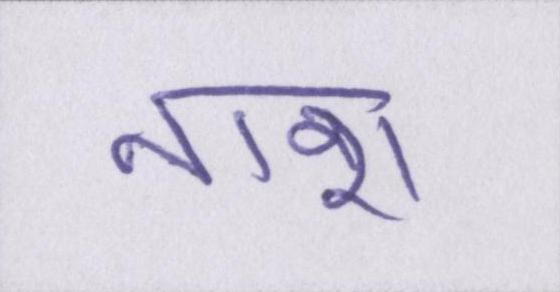
नाश